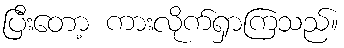
ပြီးတော့ ကားလိုက်ရှာကြသည်။